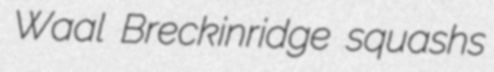
Waal Breckinridge squashs